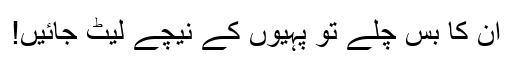
ان کا بس چلے تو پہیوں کے نیچے لیٹ جائیں!